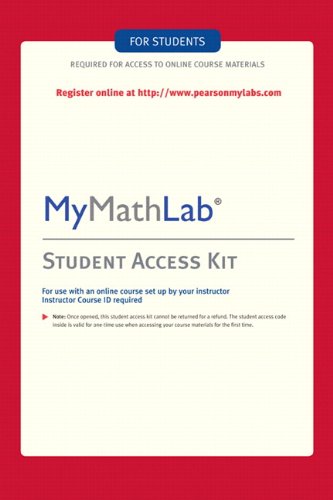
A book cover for MyMathLab: Student Access Kit; Hall H Pearson Education; Science & Math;